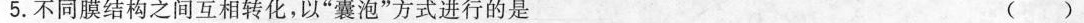
5.不同膜结构之间互相转化，以”囊泡”方式进行的是 ()